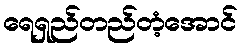
ရေရှည်တည်တံ့အောင်